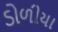
ડોળીયા